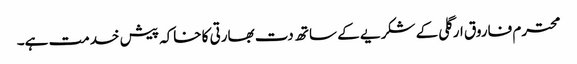
محترم فاروق ارگلی کے شکریے کے ساتھ دت بھارتی کا خاکہ پیش خدمت ہے۔